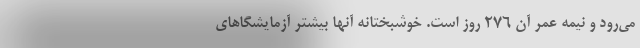
می‌رود و نیمهٔ عمر آن ۲۷۶ روز است. خوشبختانه آنها بیشتر آزمایشگاهای